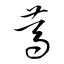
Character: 篤